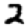
Digit: 2